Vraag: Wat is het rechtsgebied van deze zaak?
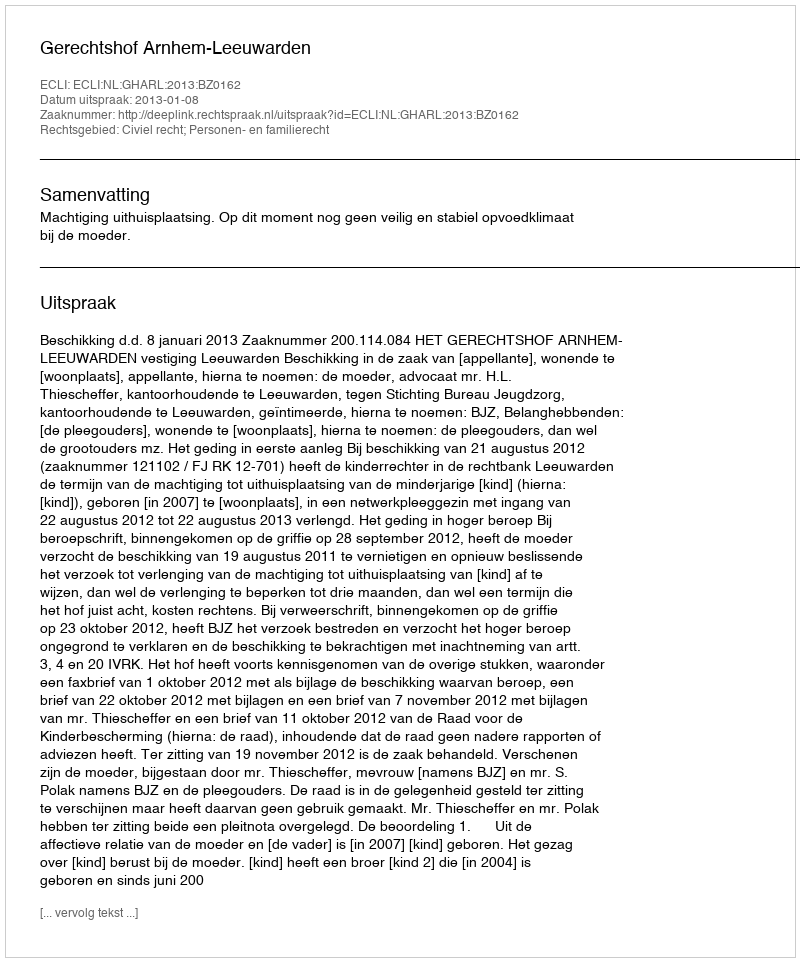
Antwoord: Civiel recht; Personen- en familierecht